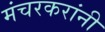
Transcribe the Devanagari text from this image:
मंचरकरांनी